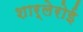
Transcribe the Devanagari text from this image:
शार्लेरोई